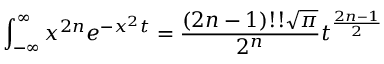
\int _ { - \infty } ^ { \infty } x ^ { 2 n } e ^ { - x ^ { 2 } t } = { \frac { ( 2 n - 1 ) ! ! { \sqrt { \pi } } } { 2 ^ { n } } } t ^ { \frac { 2 n - 1 } { 2 } }